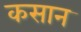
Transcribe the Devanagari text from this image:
कसान